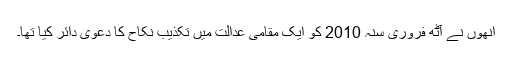
اُنھوں نے آٹھ فروری سنہ 2010 کو ایک مقامی عدالت میں تکذیب نکاح کا دعویٰ دائر کیا تھا۔